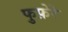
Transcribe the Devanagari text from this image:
फुफ़ेरे